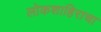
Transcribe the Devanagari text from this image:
लोकशाहिराचा